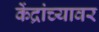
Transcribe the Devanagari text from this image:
केंद्रांच्यावर